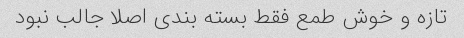
تازه و خوش طمع فقط بسته بندی اصلا جالب نبود